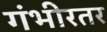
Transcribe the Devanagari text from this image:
गंभीरतर